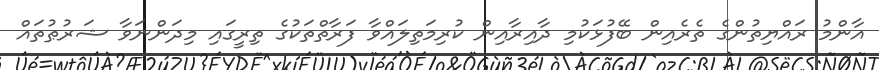
އާންމު ރައްޔިތުންގެ ތެރެއިން ބޭފުޅަކުމި ދާއިރާއިން ކުރިމަތިލައްވާ ފަރާތްތަކުގެ ތިރީގައި މިދަންނަވާ ޝަރުޠުތައް